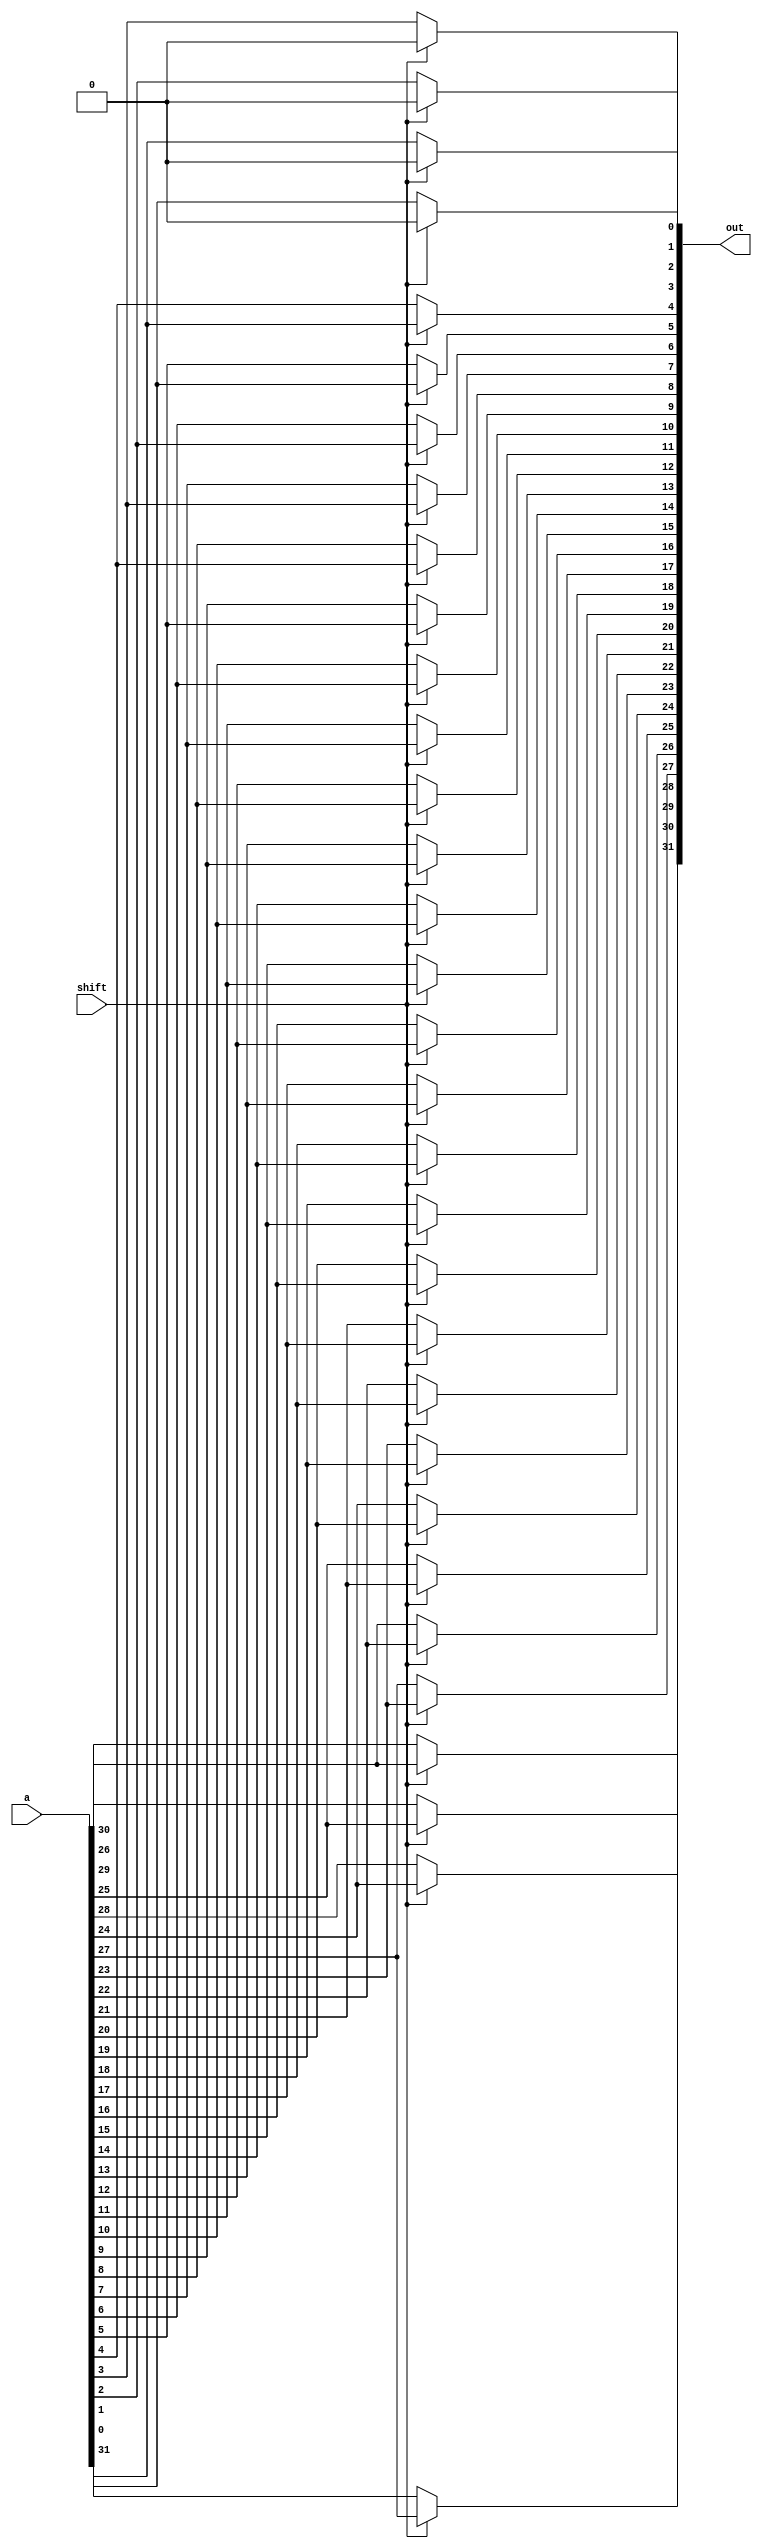
module lshift4_32(out, a, shift);
    input shift;
    input [31:0] a;
    output [31:0] out;
    wire zero;

    assign zero = 0;

    assign out[31] = shift ? a[27] : a[31];
    assign out[30] = shift ? a[26] : a[30];
    assign out[29] = shift ? a[25] : a[29];
    assign out[28] = shift ? a[24] : a[28];
    assign out[27] = shift ? a[23] : a[27];
    assign out[26] = shift ? a[22] : a[26];
    assign out[25] = shift ? a[21] : a[25];
    assign out[24] = shift ? a[20] : a[24];
    assign out[23] = shift ? a[19] : a[23];
    assign out[22] = shift ? a[18] : a[22];
    assign out[21] = shift ? a[17] : a[21];
    assign out[20] = shift ? a[16] : a[20];
    assign out[19] = shift ? a[15] : a[19];
    assign out[18] = shift ? a[14] : a[18];
    assign out[17] = shift ? a[13] : a[17];
    assign out[16] = shift ? a[12] : a[16];
    assign out[15] = shift ? a[11] : a[15];
    assign out[14] = shift ? a[10] : a[14];
    assign out[13] = shift ? a[9]  : a[13];
    assign out[12] = shift ? a[8]  : a[12];
    assign out[11] = shift ? a[7]  : a[11];
    assign out[10] = shift ? a[6]  : a[10];
    assign out[9]  = shift ? a[5]  : a[9] ;
    assign out[8]  = shift ? a[4]  : a[8] ;
    assign out[7]  = shift ? a[3]  : a[7] ;
    assign out[6]  = shift ? a[2]  : a[6] ;
    assign out[5]  = shift ? a[1]  : a[5] ;
    assign out[4]  = shift ? a[0]  : a[4] ;
    assign out[3]  = shift ? zero  : a[3] ;
    assign out[2]  = shift ? zero  : a[2] ;
    assign out[1]  = shift ? zero  : a[1] ;
    assign out[0]  = shift ? zero  : a[0] ; 
endmodule